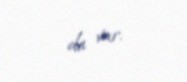
da var.